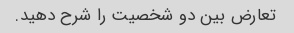
تعارض بین دو شخصیت را شرح دهید.